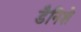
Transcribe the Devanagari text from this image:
डैनिशे